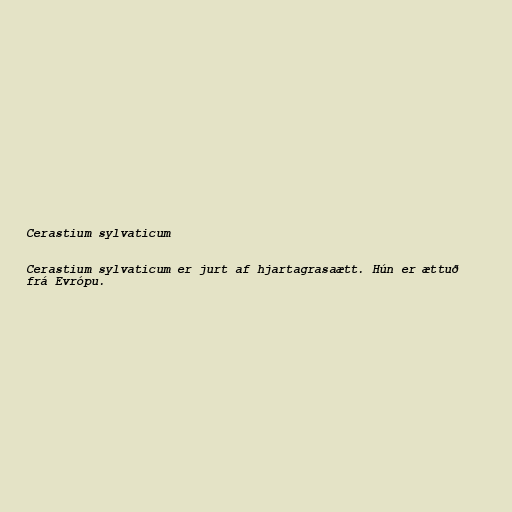
Cerastium sylvaticum

Cerastium sylvaticum er jurt af hjartagrasaætt. Hún er ættuð
frá Evrópu.